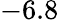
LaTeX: -6.8